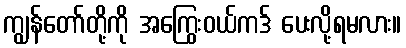
ကျွန်တော်တို့ကို အကြွေးဝယ်ကဒ် ပေးလို့ရမလား။